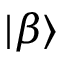
| \beta \rangle